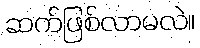
ဆက်ဖြစ်လာမလဲ။